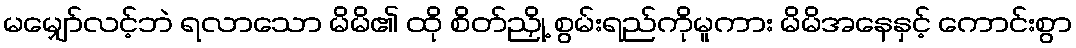
မမျှော်လင့်ဘဲ ရလာသော မိမိ၏ ထို စိတ်ညှို့ စွမ်းရည်ကိုမူကား မိမိအနေနှင့် ကောင်းစွာ